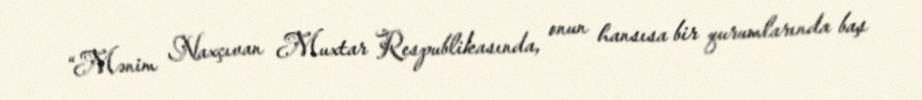
“Mənim Naxçıvan Muxtar Respublikasında, onun hansısa bir qurumlarında baş